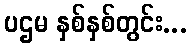
ပဌမ နှစ်နှစ်တွင်း...